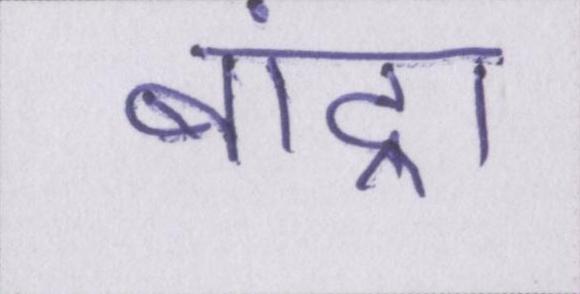
बांद्रा